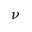
\boldsymbol { \nu }